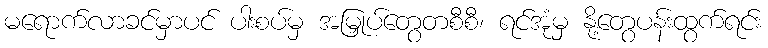
မရောက်လာခင်မှာပင် ပါးစပ်မှ အမြှုပ်တွေတစီစီ၊ ရင်အုံမှ နို့တွေပန်းထွက်ရင်း